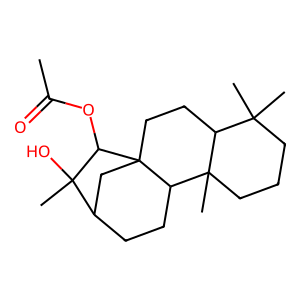
SMILES: CC(=O)OC1C(C)(O)C2CCC3C4(C)CCCC(C)(C)C4CCC13C2
Inhibits HIV replication: No